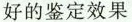
好的鉴定效果